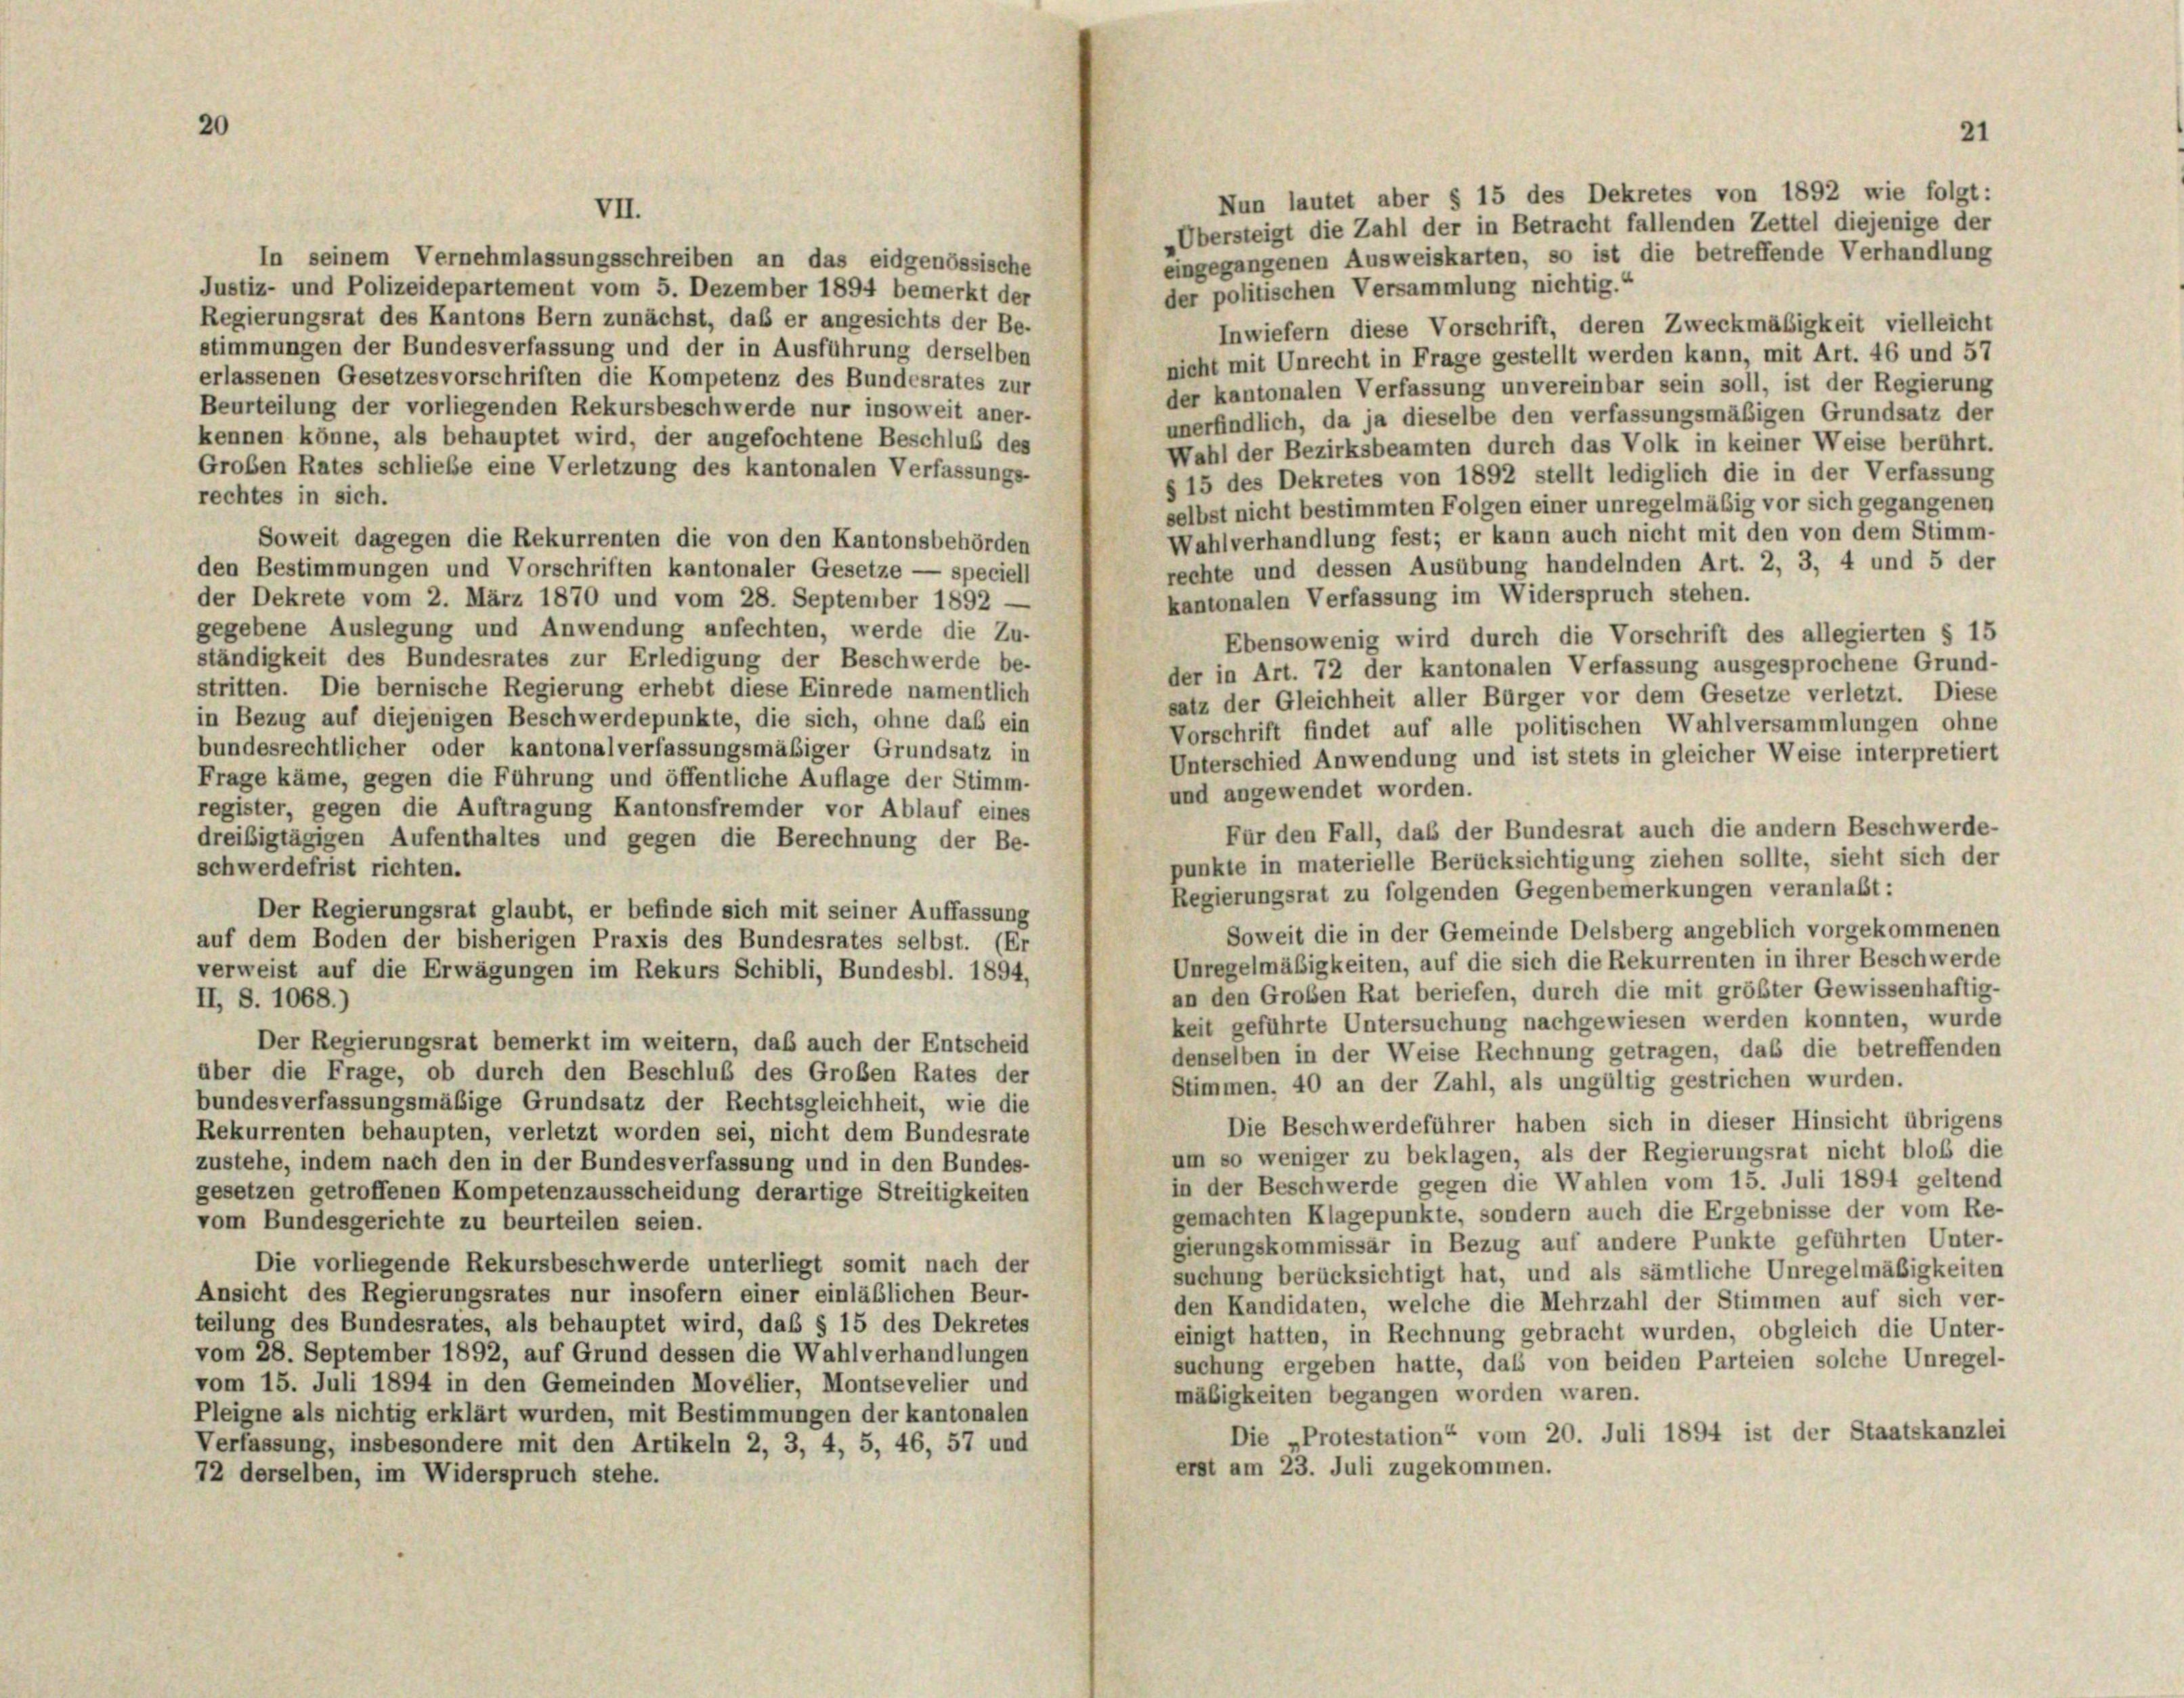
Nun lautet aber § 15 des Dekretes von 1892 wie folgt:
„Übersteigt die Zahl der in Betracht fallenden Zettel diejenige der
eingegangenen Ausweiskarten, so ist die betreffende Verhandlung
In seinem Vernehmlassungsschreiben an das eidgenössische
Justiz- und Polizeidepartement vom 5. Dezember 1894 bemerkt der
der politischen Versammlung nichtig.“
Regierungsrat des Kantons Bern zunächst, daß er angesichts der Be-
Inwiefern diese Vorschrift, deren Zweckmäßigkeit vielleicht
stimmungen der Bundesverfassung und der in Ausführung derselben
nicht mit Unrecht in Frage gestellt werden kann, mit Art. 46 und 57
erlassenen Gesetzesvorschriften die Kompetenz des Bundesrates zur
der kantonalen Verfassung unvereinbar sein soll, ist der Regierung
Beurteilung der vorliegenden Rekursbeschwerde nur insoweit aner-
unerfindlich, da ja dieselbe den verfassungsmäßigen Grundsatz der
kennen könne, als behauptet wird, der angefochtene Beschluß des
Wahl der Bezirksbeamten durch das Volk in keiner Weise berührt.
Großen Rates schliebe eine Verletzung des kantonalen Verfassungs-
§ 15 des Dekretes von 1892 stellt lediglich die in der Verfassung
rechtes in sich.
selbst nicht bestimmten Folgen einer unregelmäßig vor sich gegangenen
Wahlverhandlung fest; er kann auch nicht mit den von dem Stimm-
Soweit dagegen die Rekurrenten die von den Kantonsbehörden
rechte und dessen Ausübung handelnden Art. 2, 3, 4 und 5 der
den Bestimmungen und Vorschriften kantonaler Gesetze — speciell
kantonalen Verfassung im Widerspruch stehen.
der Dekrete vom 2. März 1870 und vom 28. September 1892 -
gegebene Auslegung und Anwendung anfechten, werde die Zu-
Ebensowenig wird durch die Vorschrift des allegierten § 15
ständigkeit des Bundesrates zur Erledigung der Beschwerde be-
der in Art. 72 der kantonalen Verfassung ausgesprochene Grund-
stritten. Die bernische Regierung erhebt diese Einrede namentlich
satz der Gleichheit aller Bürger vor dem Gesetze verletzt. Diese
in Bezug auf diejenigen Beschwerdepunkte, die sich, ohne das ein
Vorschrift findet auf alle politischen Wahlversammlungen ohne
bundesrechtlicher oder kantonalverfassungsmäßiger Grundsatz in
Unterschied Anwendung und ist stets in gleicher Weise interpretiert
Frage käme, gegen die Führung und öffentliche Auflage der Stimm-
und angewendet worden.
register, gegen die Auftragung Kantonsfremder vor Ablauf eines
Für den Fall, daß der Bundesrat auch die andern Beschwerde-
dreißigtägigen Aufenthaltes und gegen die Berechnung der Be-
punkte in materielle Berücksichtigung ziehen sollte, sieht sich der
schwerdefrist richten.
Regierungsrat zu folgenden Gegenbemerkungen veranlaßt:
Der Regierungsrat glaubt, er befinde sich mit seiner Auffassung
Soweit die in der Gemeinde Delsberg angeblich vorgekommenen
auf dem Boden der bisherigen Praxis des Bundesrates selbst. (Er
Unregelmäßigkeiten, auf die sich die Rekurrenten in ihrer Beschwerde
verweist auf die Erwägungen im Rekurs Schibli, Bundesbl. 1894,
an den Großen Rat beriefen, durch die mit größter Gewissenhaftig-
II, S. 1068.)
keit geführte Untersuchung nachgewiesen werden konnten, wurde
Der Regierungsrat bemerkt im weitern, daß auch der Entscheid
denselben in der Weise Rechnung getragen, das die betreffenden
über die Frage, ob durch den Beschluß des Großen Rates der
Stimmen, 40 an der Zahl, als ungültig gestrichen wurden.
bundesverfassungsmäßige Grundsatz der Rechtsgleichheit, wie die
Die Beschwerdeführer haben sich in dieser Hinsicht übrigens
Rekurrenten behaupten, verletzt worden sei, nicht dem Bundesrate
um so weniger zu beklagen, als der Regierungsrat nicht bloß die
zustehe, indem nach den in der Bundesverfassung und in den Bundes-
in der Beschwerde gegen die Wahlen vom 15. Juli 1894 geltend
gesetzen getroffenen Kompetenzausscheidung derartige Streitigkeiten
gemachten Klagepunkte, sondern auch die Ergebnisse der vom Re-
vom Bundesgerichte zu beurteilen seien.
gierungskommissär in Bezug auf andere Punkte geführten Unter-
Die vorliegende Rekursbeschwerde unterliegt somit nach der
suchung berücksichtigt hat, und als sämtliche Unregelmäßigkeiten
Ansicht des Regierungsrates nur insofern einer einläßlichen Beur-
den Kandidaten, welche die Mehrzahl der Stimmen auf sich ver-
teilung des Bundesrates, als behauptet wird, daß § 15 des Dekretes
einigt hatten, in Rechnung gebracht wurden, obgleich die Unter-
vom 28. September 1892, auf Grund dessen die Wahlverhandlungen
suchung ergeben hatte, daß von beiden Parteien solche Unregel-
vom 15. Juli 1894 in den Gemeinden Movélier, Montsevelier und
mäßigkeiten begangen worden waren.
Pleigne als nichtig erklärt wurden, mit Bestimmungen der kantonalen
Die „Protestation“ vom 20. Juli 1894 ist der Staatskanzlei
Verfassung, insbesondere mit den Artikeln 2, 3, 4, 5, 46, 57 und
erst am 23. Juli zugekommen.
72 derselben, im Widerspruch stehe.

VII.

21